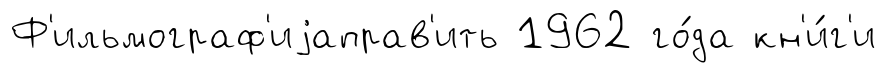
Ф'ильмограф'иjаправ'ить 1962 го́да кн'и́г'и